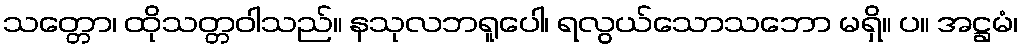
သတ္တော၊ ထိုသတ္တဝါသည်။ နသုလဘရူပေါ၊ ရလွယ်သောသဘော မရှိ။ ပ။ အဋ္ဌမံ၊